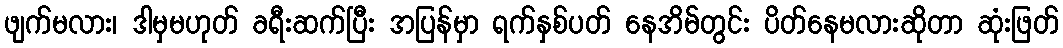
ဖျက်မလား၊ ဒါမှမဟုတ် ခရီးဆက်ပြီး အပြန်မှာ ရက်နှစ်ပတ် နေအိမ်တွင်း ပိတ်နေမလားဆိုတာ ဆုံးဖြတ်